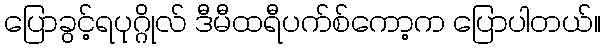
ပြောခွင့်ရပုဂ္ဂိုလ် ဒီမီထရီပက်စ်ကော့က ပြောပါတယ်။